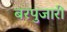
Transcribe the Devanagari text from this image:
बरपुजारी